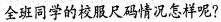
全班同学的校服尺码情况怎样呢?